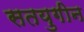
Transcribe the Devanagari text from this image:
सतयुगीन